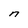
Character: n